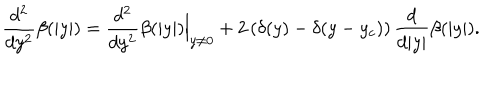
\frac { d ^ { 2 } } { d y ^ { 2 } } \beta ( | y | ) = \frac { d ^ { 2 } } { d y ^ { 2 } } \beta ( | y | ) \Big | _ { y \ne 0 } + 2 \left( \delta ( y ) - \delta ( y - y _ { c } ) \right) \frac { d } { d | y | } \beta ( | y | ) .